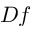
D f